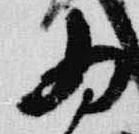
為